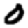
Digit: 0